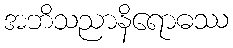
အဘိသညာနိရောဓဿ